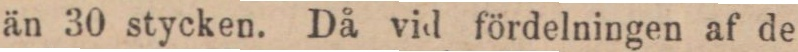
än 30 stycken. Då vid fördelningen af de